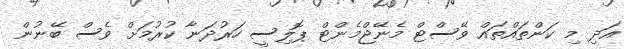
އަދި މި ކަންތައްތައް ވޭސްޓް މެނޭޖްމެންޓް ޕޮލިސީ ހަރުދަނާ ކުރުމަށް ވެސް ބޭނުން